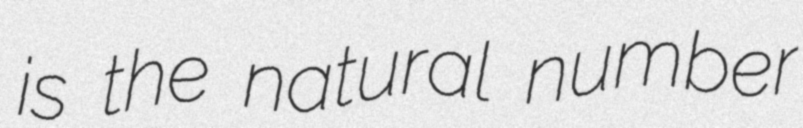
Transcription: is the natural number